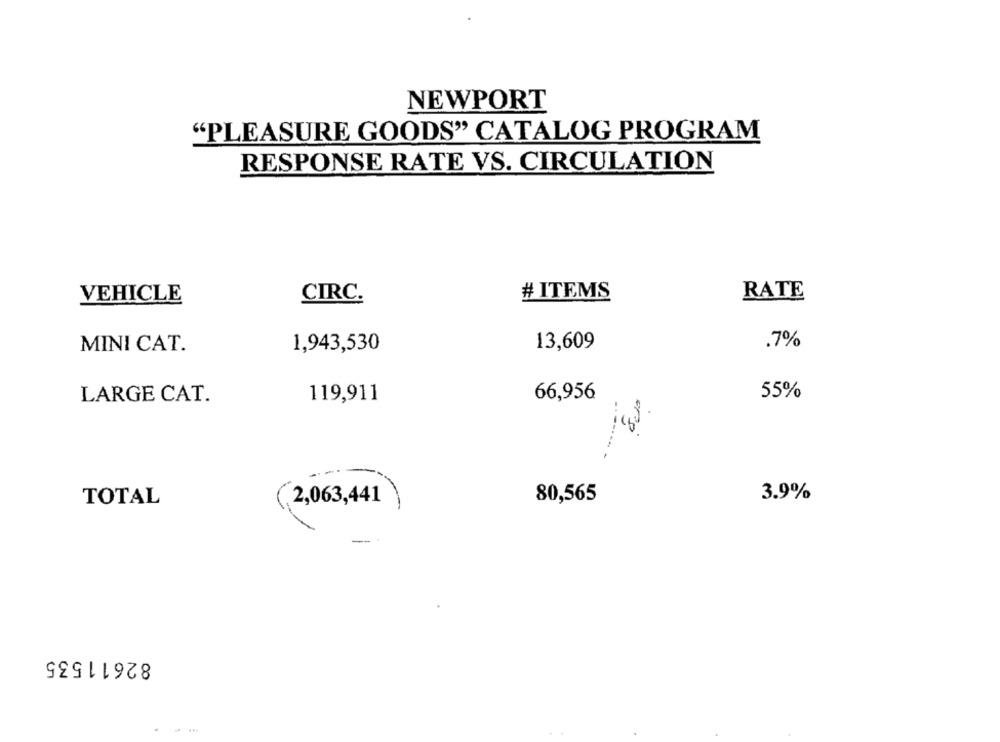
NEWPORT
"PLEASURE GOODS" CATALOG PROGRAM
RESPONSE RATE VS. CIRCULATION
# ITEMS
RATE
VEHICLE
CIRC.
MINI CAT.
1,943,530
13,609
.7%
LARGE CAT.
119,911
66,956
55%
3.9%
TOTAL
2,063,441
80,565
82611535